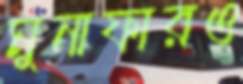
মুনাফারও